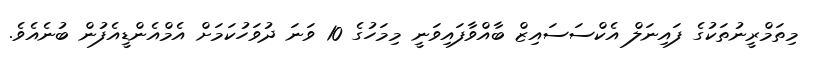
މިތަމްރީނުތަކުގެ ފައިނަލް އެކްސަސައިޒް ބާއްވާފައިވަނީ މިމަހުގެ 10 ވަނަ ދުވަހުކަމަށް އެމްއެންޑީއެފުން ބުނެއެވެ.